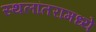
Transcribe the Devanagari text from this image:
स्थलांतरामध्ये